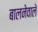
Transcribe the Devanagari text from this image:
बालनेवाले